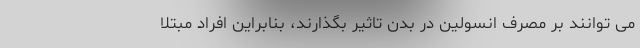
می توانند بر مصرف انسولین در بدن تاثیر بگذارند، بنابراین افراد مبتلا